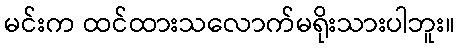
မင်းက ထင်ထားသလောက်မရိုးသားပါဘူး။